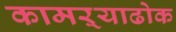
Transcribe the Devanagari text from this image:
कामऱ्याढोक